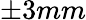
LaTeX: \pm 3mm